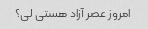
امروز عصر آزاد هستی لی؟